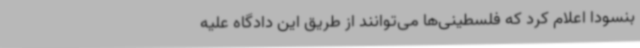
بنسودا اعلام کرد که فلسطینی‌ها می‌توانند از طریق این دادگاه علیه